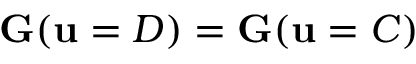
\mathbf { G } ( \mathbf { u } = D ) = \mathbf { G } ( \mathbf { u } = C )